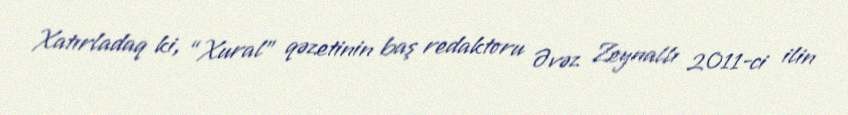
Xatırladaq ki, “Xural” qəzetinin baş redaktoru Əvəz Zeynallı 2011-ci ilin